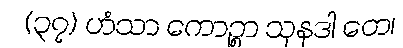
(၃၇) ဟံသာ ကောဉ္စာ သုနဒါ တေ၊